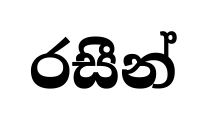
රසීන්